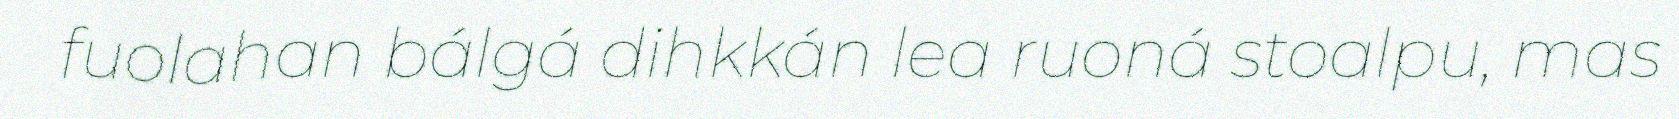
fuolahan bálgá dihkkán lea ruoná stoalpu, mas